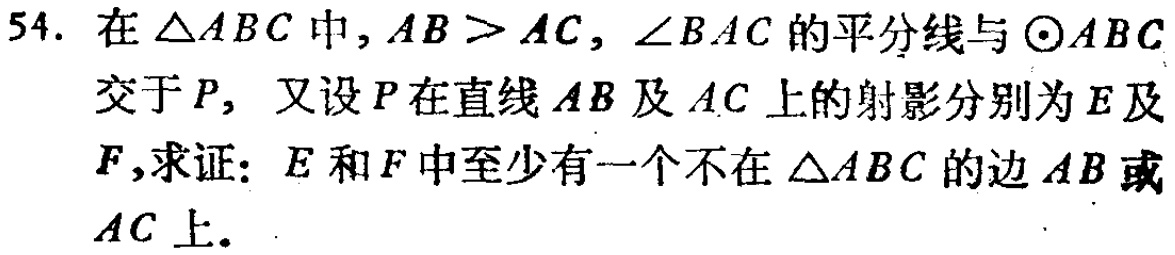
54. 在\(\triangle ABC\)中，\(AB > AC\)，\(\angle BAC\)的平分线与\(\odot ABC\)交于\(P\)，又设\(P\)在直线\(AB\)及\(AC\)上的射影分别为\(E\)及\(F\)，求证：\(E\)和\(F\)中至少有一个不在\(\triangle ABC\)的边\(AB\)或\(AC\)上。